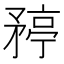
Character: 𬑯